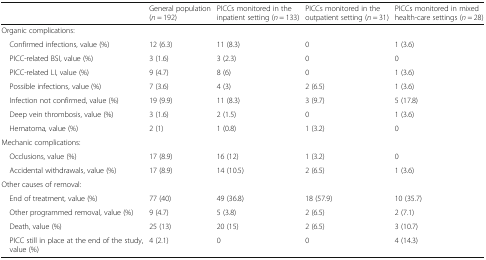
|  | General population (n = 192) | PICCs monitored in the inpatient setting (n = 133) | PICCs monitored in the outpatient setting (n = 31) | PICCs monitored in mixed health-care settings (n = 28) |
 | --- | --- | --- | --- | --- |
 | <COLSPAN=5> Organic complications: |
 | Confirmed infections, value (%) | 12 (6.3) | 11 (8.3) | 0 | 1 (3.6) |
 | PICC-related BSI, value (%) | 3 (1.6) | 3 (2.3) | 0 | 0 |
 | PICC-related LI, value (%) | 9 (4.7) | 8 (6) | 0 | 1 (3.6) |
 | Possible infections, value (%) | 7 (3.6) | 4 (3) | 2 (6.5) | 1 (3.6) |
 | Infection not confirmed, value (%) | 19 (9.9) | 11 (8.3) | 3 (9.7) | 5 (17.8) |
 | Deep vein thrombosis, value (%) | 3 (1.6) | 2 (1.5) | 0 | 1 (3.6) |
 | Hematoma, value (%) | 2 (1) | 1 (0.8) | 1 (3.2) | 0 |
 | <COLSPAN=5> Mechanic complications: |
 | Occlusions, value (%) | 17 (8.9) | 16 (12) | 1 (3.2) | 0 |
 | Accidental withdrawals, value (%) | 17 (8.9) | 14 (10.5) | 2 (6.5) | 1 (3.6) |
 | <COLSPAN=5> Other causes of removal: |
 | End of treatment, value (%) | 77 (40) | 49 (36.8) | 18 (57.9) | 10 (35.7) |
 | Other programmed removal, value (%) | 9 (4.7) | 5 (3.8) | 2 (6.5) | 2 (7.1) |
 | Death, value (%) | 25 (13) | 20 (15) | 2 (6.5) | 3 (10.7) |
 | PICC still in place at the end of the study, value (%) | 4 (2.1) | 0 | 0 | 4 (14.3) |